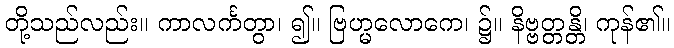
တို့သည်လည်း။ ကာလင်္ကတွာ၊ ၍။ ဗြဟ္မလောကေ၊ ၌။ နိဗ္ဗတ္တန္တိ၊ ကုန်၏။